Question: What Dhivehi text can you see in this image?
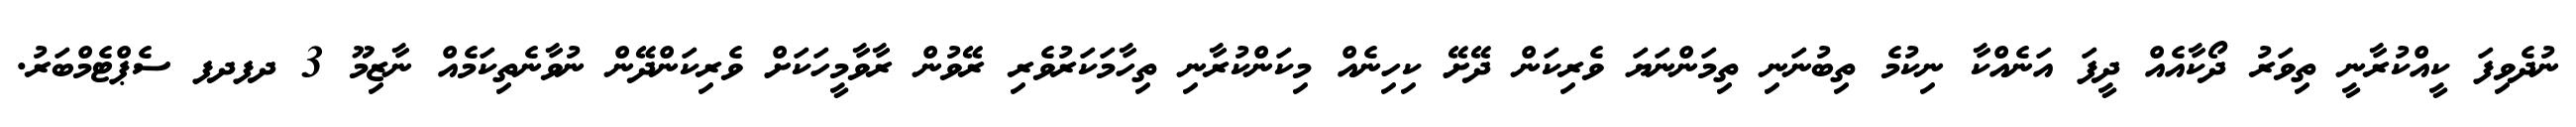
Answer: ނުދެވިފަ ކީއްކުރާނީ ތިވަރު ދޯކާއެއް ދީފަ އަނެއްކާ ނިކުމެ ތިބުނަނި ތިމަންނަޔަ ވެރިކަން ދޭށޭ ކިހިނެއް މިކަންކުރާނި ތިހާމަކަރުވެރި ރޭވުން ރާވާމީހަކަށް ވެރިކަންދޭން ނުވާނެތިކަމެއް ނާޒިމޫ 3 ދފދފ ސެޕްޓެމްބަރު.